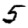
Digit: 5